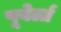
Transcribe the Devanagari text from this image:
पूवेर्ला